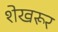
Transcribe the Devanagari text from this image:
शेखरूर